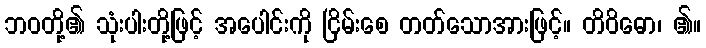
ဘဝတို့၏ သုံးပါးတို့ဖြင့် အပေါင်းကို ငြိမ်းစေ တတ်သောအားဖြင့်။ တိဝိဓော၊ ၏။